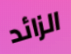
الزائد